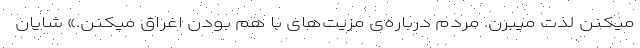
میکنن لذت میبرن. مردم درباره‌ی مزیت‌های با هم بودن اغراق میکنن.» شایان